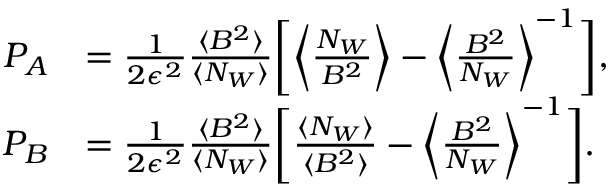
\begin{array} { r l } { P _ { A } } & { = \frac { 1 } { 2 \epsilon ^ { 2 } } \frac { \langle B ^ { 2 } \rangle } { \langle N _ { W } \rangle } \bigg [ \bigg \langle \frac { N _ { W } } { B ^ { 2 } } \bigg \rangle - \bigg \langle \frac { B ^ { 2 } } { N _ { W } } \bigg \rangle ^ { - 1 } \bigg ] , } \\ { P _ { B } } & { = \frac { 1 } { 2 \epsilon ^ { 2 } } \frac { \langle B ^ { 2 } \rangle } { \langle N _ { W } \rangle } \bigg [ \frac { \langle N _ { W } \rangle } { \langle B ^ { 2 } \rangle } - \bigg \langle \frac { B ^ { 2 } } { N _ { W } } \bigg \rangle ^ { - 1 } \bigg ] . } \end{array}